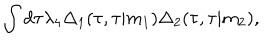
\int d \tau { \lambda } _ { 4 } { \Delta } _ { 1 } ( \tau , \tau \vert m _ { 1 } ) { \Delta } _ { 2 } ( \tau , \tau \vert m _ { 2 } ) ,